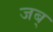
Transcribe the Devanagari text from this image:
जब्